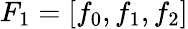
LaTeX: F_{1}=[f_{0},f_{1},f_{2}]